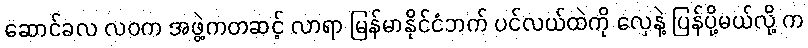
ဆောင်ခလ လဝက အဖွဲ့ကတဆင့် လာရာ မြန်မာနိုင်ငံဘက် ပင်လယ်ထဲကို လှေနဲ့ ပြန်ပို့မယ်လို့ က